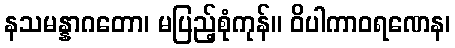
နသမန္နာဂတော၊ မပြည့်စုံကုန်။ ဝိပါကာဝရဏေန၊